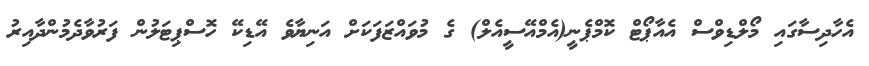
އެހާދިސާގައި މޯލްޑިވްސް އެއާޕޯޓް ކޮމްޕެނީ(އެމްއޭސީއެލް) ގެ މުވައްޒަފަކަށް އަނިޔާވެ އޭޑިކޭ ހޮސްޕިޓަލުން ފަރުވާދެމުންދާއިރު